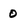
Character: 0